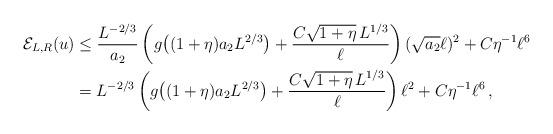
LaTeX: \begin{align*}\mathcal E_{L,R}(u)&\leq\frac{L^{-2/3}}{a_2}\left(g\big((1+\eta)a_2L^{2/3}\big)+\frac{C\sqrt{1+\eta}\,L^{1/3}}{\ell}\right)(\sqrt{a_2}\ell)^2+C\eta^{-1}\ell^6\\&=L^{-2/3}\left(g\big((1+\eta)a_2L^{2/3}\big)+\frac{C\sqrt{1+\eta}\,L^{1/3}}{\ell}\right)\ell^2+C\eta^{-1}\ell^6\,,\end{align*}